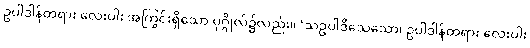
ဥပါဒါန်တရား လေးပါး အကြွင်းရှိသော ပုဂ္ဂိုလ်၌လည်း။ ‘သဥပါဒိသေသော၊ ဥပါဒါန်တရား လေးပါး